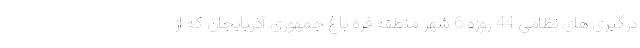
درگیری های نظامی 44 روزه 6 شهر منطقه قره باغ جمهوری آذربایجان که از